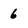
Character: 6